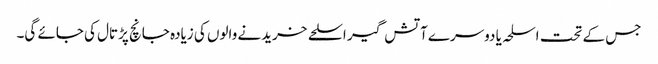
جس کے تحت اسلحہ یا دوسرے آتش گیر اسلحے خریدنے والوں کی زیادہ جانچ پڑتال کی جائے گی۔